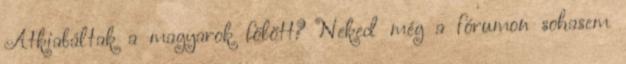
Átkiabáltak a magyarok fölött? Neked még a fórumon sohasem